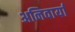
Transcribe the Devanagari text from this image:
अनिवार्या